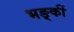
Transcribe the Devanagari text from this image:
भङ्कीं